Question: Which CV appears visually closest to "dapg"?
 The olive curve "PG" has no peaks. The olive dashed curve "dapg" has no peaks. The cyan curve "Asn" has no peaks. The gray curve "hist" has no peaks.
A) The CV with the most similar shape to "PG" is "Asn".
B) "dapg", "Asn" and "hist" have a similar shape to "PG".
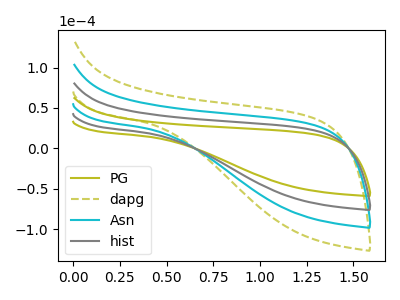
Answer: <think>Neither "PG" or "dapg" have any peaks. Neither "PG" or "Asn" have any peaks. Neither "PG" or "hist" have any peaks. Neither "dapg" or "Asn" have any peaks. Neither "dapg" or "hist" have any peaks. Neither "Asn" or "hist" have any peaks.
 </think>
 <answer>B) "dapg", "Asn" and "hist" have a similar shape to "PG".</answer>
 <eval>B</eval>